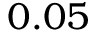
0 . 0 5